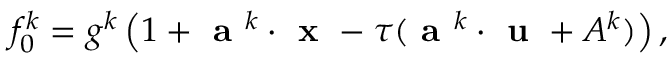
f _ { 0 } ^ { k } = g ^ { k } \left( 1 + \textbf { a } ^ { k } \cdot \textbf { x } - \tau ( \textbf { a } ^ { k } \cdot \textbf { u } + A ^ { k } ) \right) ,